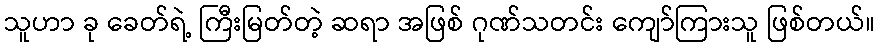
သူဟာ ခု ခေတ်ရဲ့ ကြီးမြတ်တဲ့ ဆရာ အဖြစ် ဂုဏ်သတင်း ကျော်ကြားသူ ဖြစ်တယ်။